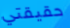
حقيقتي